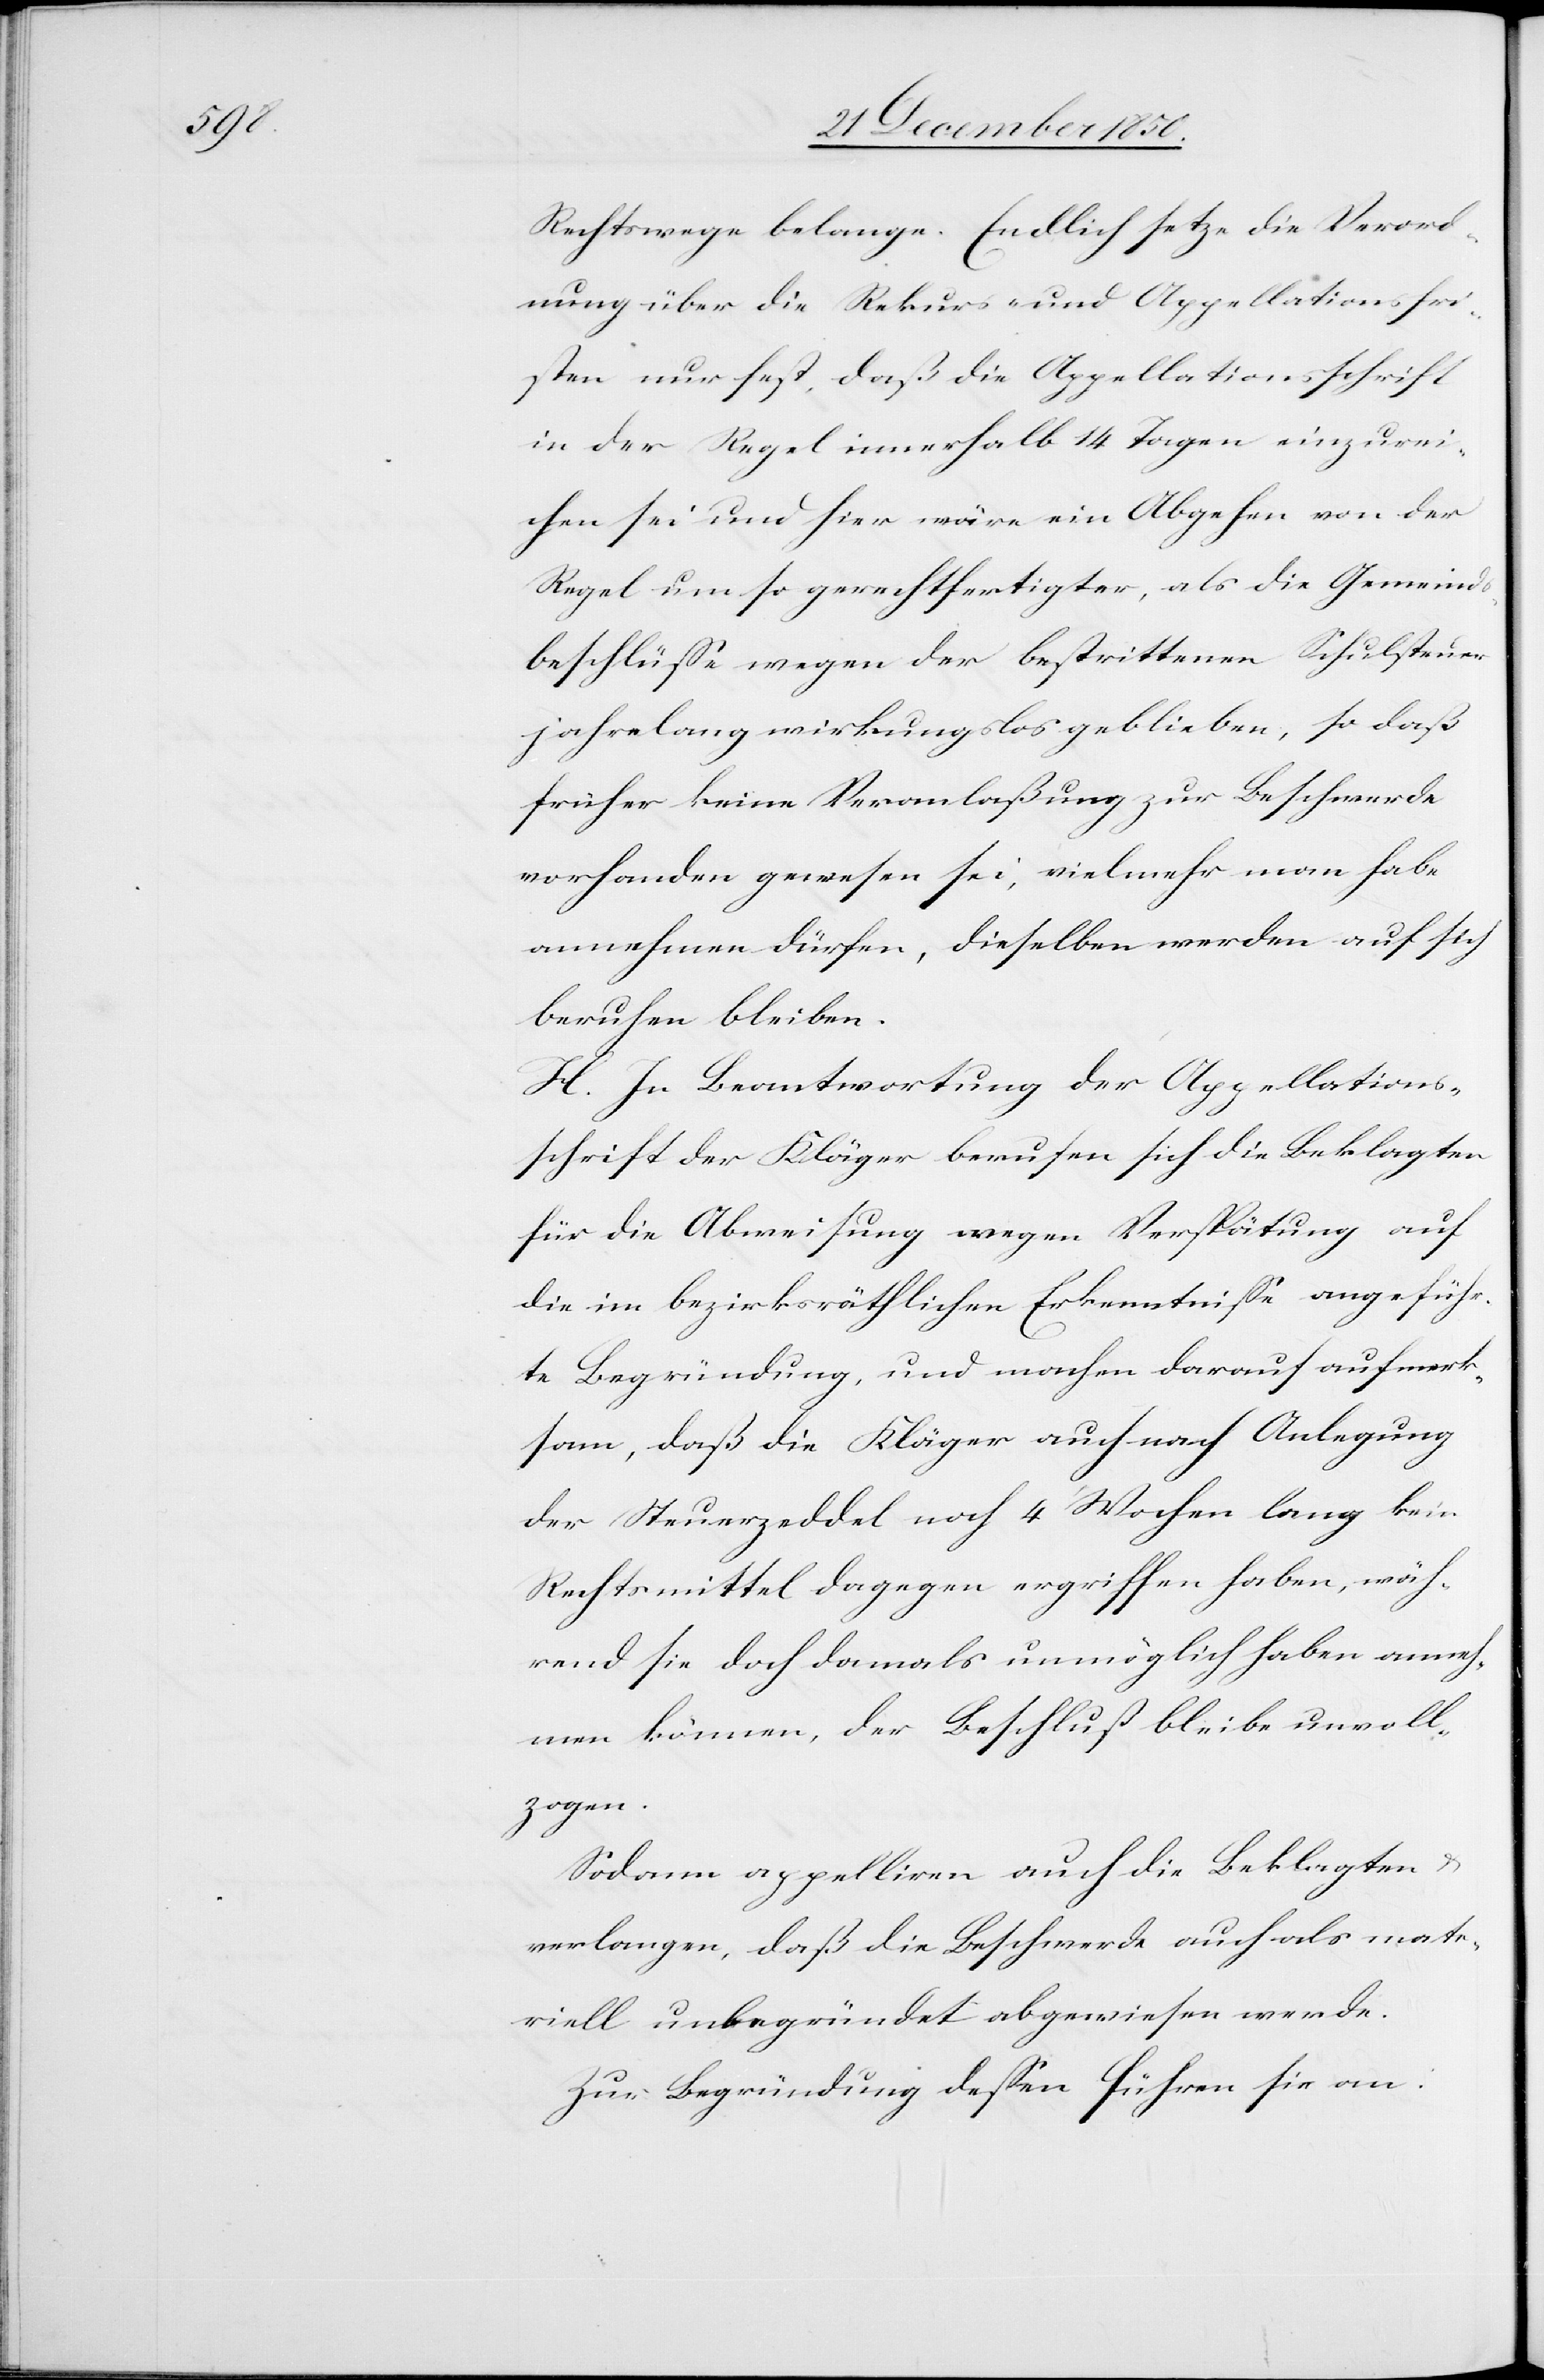
Rechtswege belange. Endlich setze die Verord¬
nung über die Rekurs- und Appellationsfri¬
sten nur fest, daß die Appellationsschrift
in der Regel innerhalb 14 Tagen einzurei¬
chen sei und hier wäre ein Abgehen von der
Regel um so gerechtfertigter, als die Gemeinds¬
beschlüsse wegen der bestrittenen Schulsteuer
jahrelang wirkungslos geblieben, so daß
früher keine Veranlaßung zur Beschwerde
vorhanden gewesen sei, vielmehr man habe
annehmen dürfen, dieselben werden auf sich
beruhen bleiben.
H. In Beantwortung der Appellations¬
schrift der Kläger berufen sich die Beklagten
für die Abweisung wegen Verspätung auf
die im bezirksräthlichen Erkenntnisse angeführ¬
te Begründung, und machen darauf aufmerk¬
sam, daß die Kläger auch nach Anlegung
der Steuerzeddel noch 4 Wochen lang kein
Rechtsmittel dagegen ergriffen haben, wäh¬
rend sie doch damals unmöglich haben anneh¬
men können, der Beschluß bleibe unvoll¬
zogen.
Sodann appelliren auch die Beklagten u.
verlangen, daß die Beschwerde auch als mate¬
riell unbegründet abgewiesen werde.
Zur Begründung dessen führen sie an: